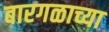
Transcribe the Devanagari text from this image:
बारगळाच्या